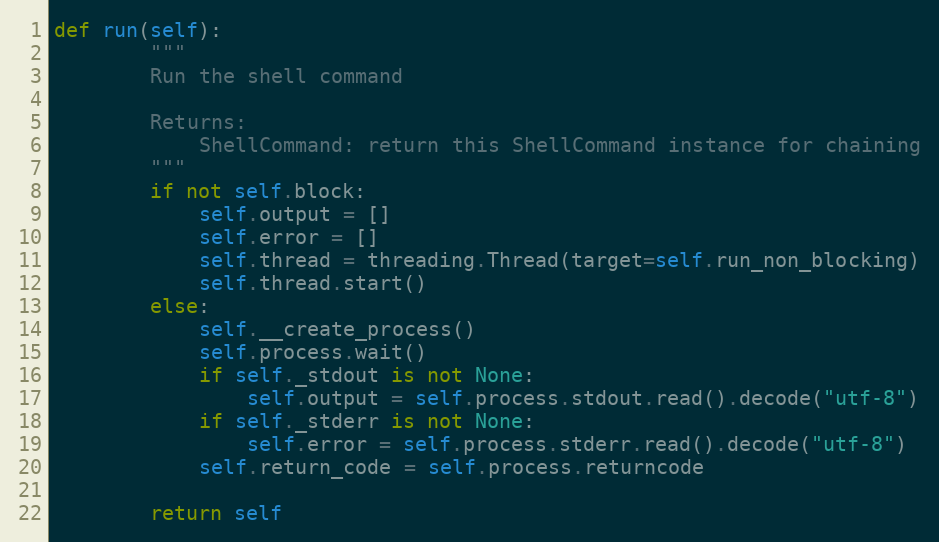
Language: Python
def run(self):
        """
        Run the shell command

        Returns:
            ShellCommand: return this ShellCommand instance for chaining
        """
        if not self.block:
            self.output = []
            self.error = []
            self.thread = threading.Thread(target=self.run_non_blocking)
            self.thread.start()
        else:
            self.__create_process()
            self.process.wait()
            if self._stdout is not None:
                self.output = self.process.stdout.read().decode("utf-8")
            if self._stderr is not None:
                self.error = self.process.stderr.read().decode("utf-8")
            self.return_code = self.process.returncode

        return self